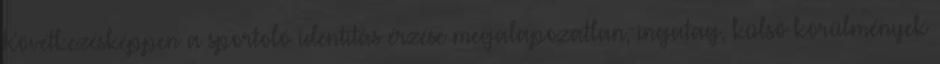
Következésképpen a sportoló identitás érzése megalapozatlan, ingatag, külső körülmények